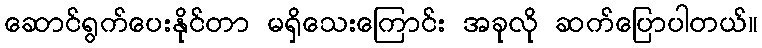
ဆောင်ရွက်ပေးနိုင်တာ မရှိသေးကြောင်း အခုလို ဆက်ပြောပါတယ်။